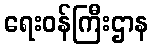
ရေးဝန်ကြီးဌာန